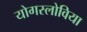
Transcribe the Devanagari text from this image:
योगस्लोविया